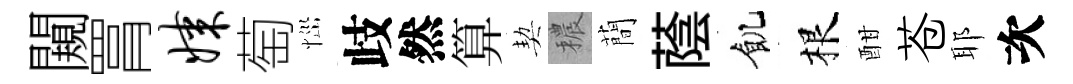
闚罥媒萄𢙉歧然算契穠蕳蔭飢根酣苍耶次